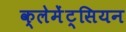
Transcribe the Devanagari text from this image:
क्लेमेंट्सियन